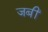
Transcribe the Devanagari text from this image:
जबीं